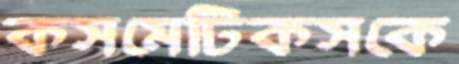
কসমেটিকসকে